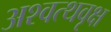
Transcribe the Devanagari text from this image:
अश्वत्थवृक्ष